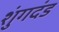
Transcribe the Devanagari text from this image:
शुंगदंड